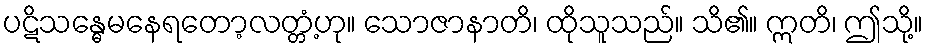
ပဋိသန္ဓေမနေရတော့လတ္တံ့ဟု။ သောဇာနာတိ၊ ထိုသူသည်။ သိ၏။ ဣတိ၊ ဤသို့။